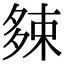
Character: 𡖯